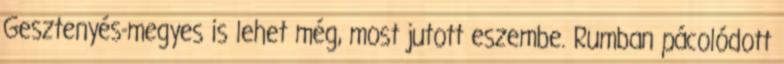
Gesztenyés-megyes is lehet még, most jutott eszembe. Rumban pácolódott